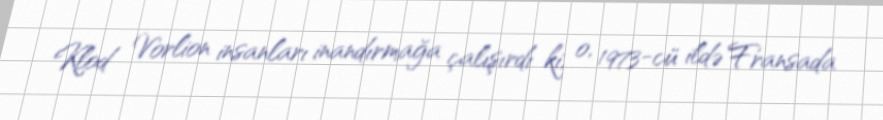
Klod Vorlion insanları inandırmağa çalışırdı ki, o, 1973-cü ildə Fransada